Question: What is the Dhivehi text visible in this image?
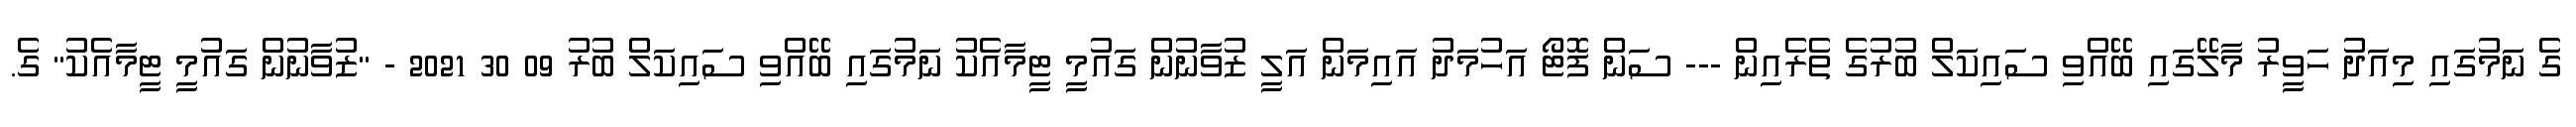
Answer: ގެ ނަމުގައި މިއަދު ހަވީރު މާލޭގައި ބޭއްވި ސައިކަލް ބުރުގެ ތެރެއިން --- ސަން ފޮޓޯ އަހުމަދު އައިމަން އަލީ ޒުވާނުން ގައުމީ ޓީމާއެކު ނަމުގައި ބޭއްވި ސައިކަލް ބުރު 09 30 2021 - "ޒުވާނުން ގައުމީ ޓީމާއެކު" ގެ.